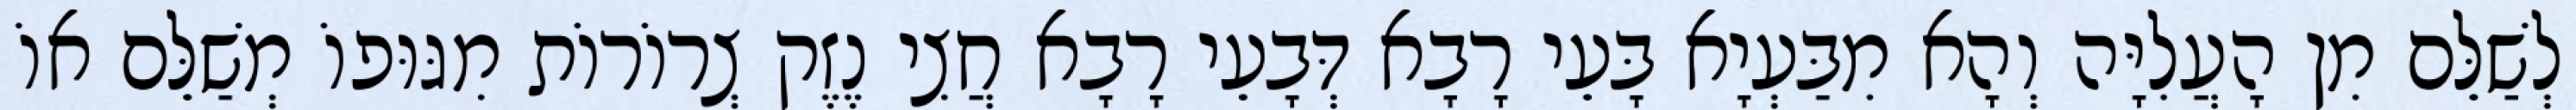
לְשַׁלֵּם מִן הָעֲלִיָּה וְהָא מִבַּעְיָא בָּעֵי רָבָא דְּבָעֵי רָבָא חֲצִי נֶזֶק צְרוֹרוֹת מִגּוּפוֹ מְשַׁלֵּם אוֹ